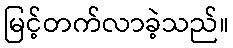
မြင့်တက်လာခဲ့သည်။